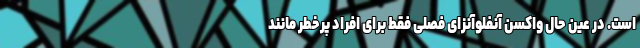
است. در عین حال واکسن آنفلوآنزای فصلی فقط برای افراد پرخطر مانند